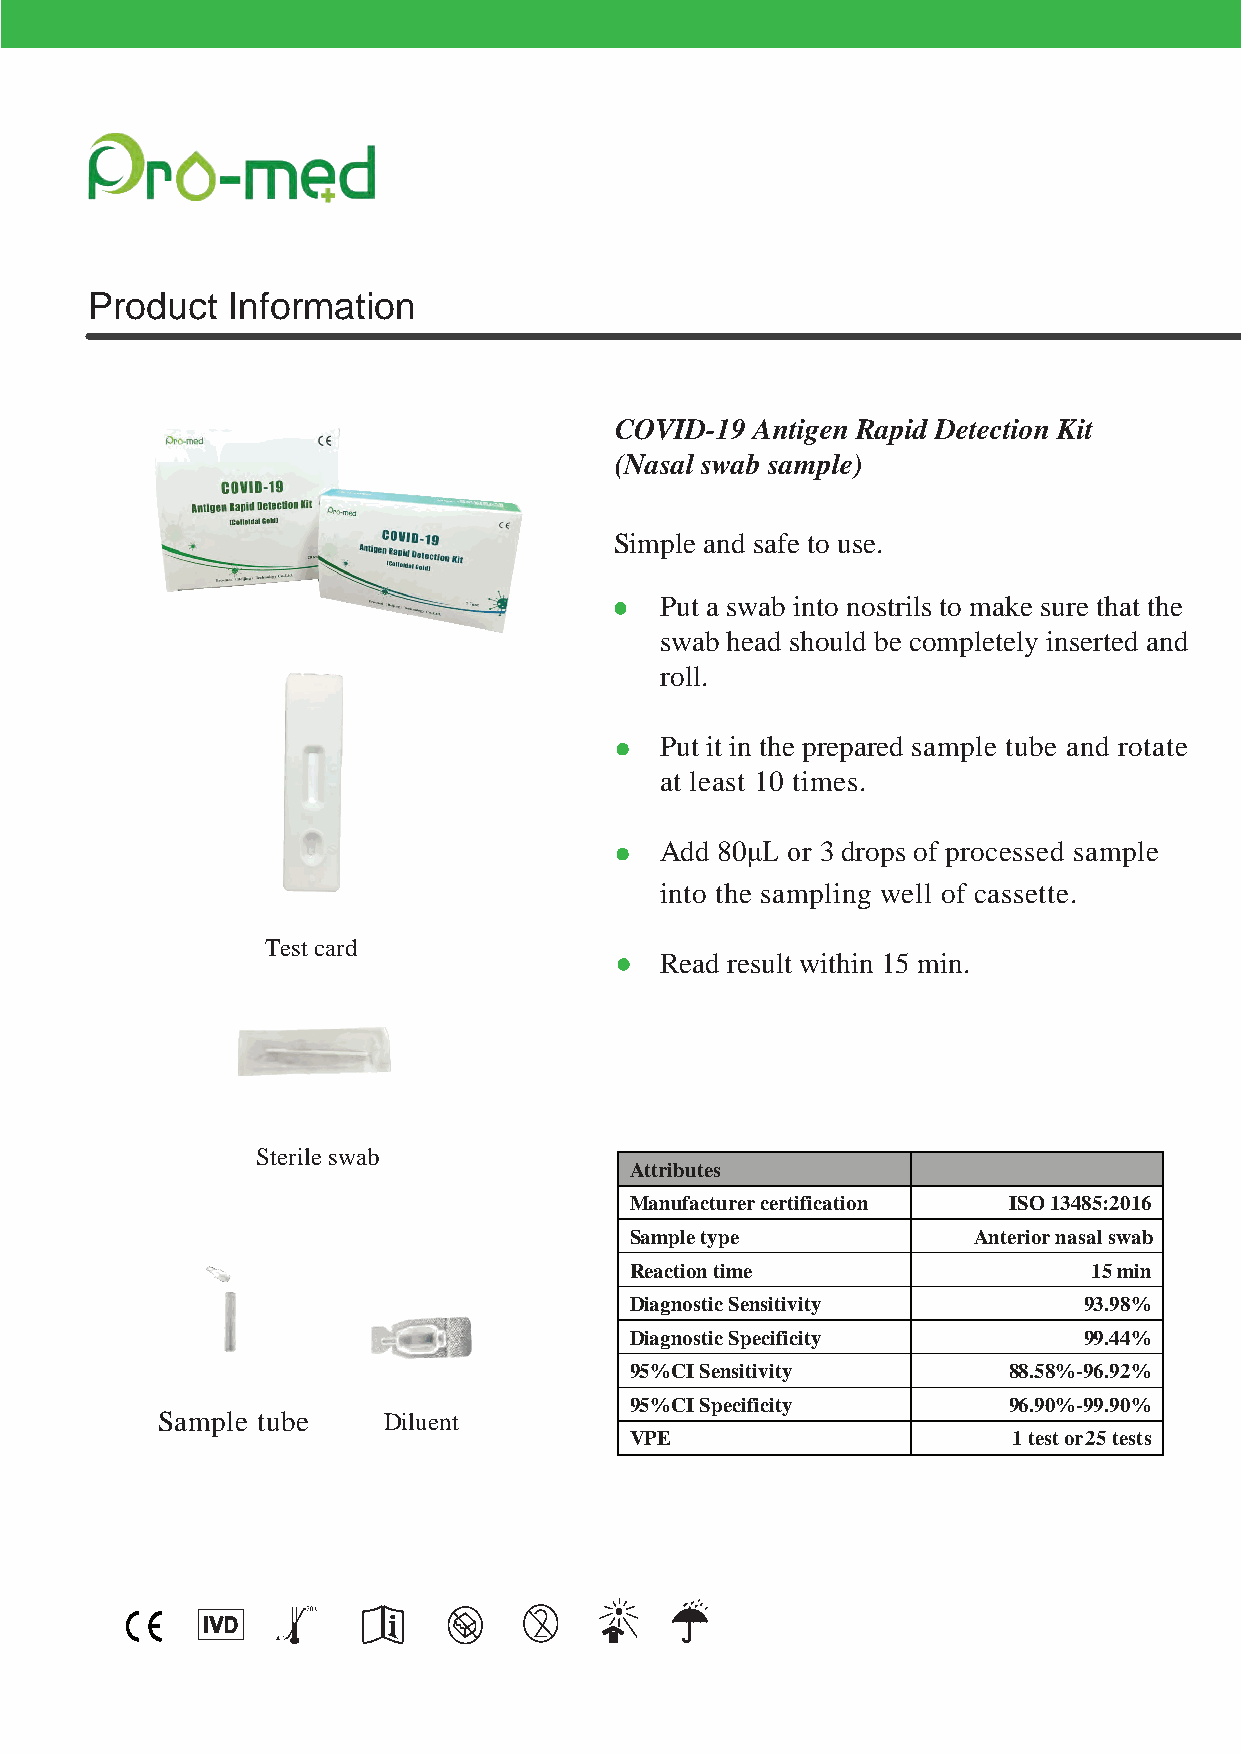
Product  Information
 COVID-19 Antigen Rapid Detection Kit
 (Nasal swab sample)
 Simple and safe to use.
 Put a swab into nostrils to make sure that the
 swab head should be completely inserted and
 roll.
 Put it in the prepared sample tube and rotate
 at least 10 times.
 Add 80μL or 3 drops of processed sample
 into the sampling well of cassette.
 Test card
 Read result within 15 min.
 Sterile swab
 Attributes
 Manufacturer certification ISO 13485:2016
 Sample type           Anterior nasal swab
 Reaction time                 15 min
 Diagnostic Sensitivity        93.98%
 Diagnostic Specificity        99.44%
 95%CI Sensitivity        88.58%-96.92%
 95%CI Specificity        96.90%-99.90%
 Sample tube    Diluent
 VPE                      1 test or 25 tests